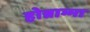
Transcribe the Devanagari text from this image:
होन्नाम्मा